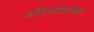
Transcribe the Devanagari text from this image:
पश्चिमीवासियों